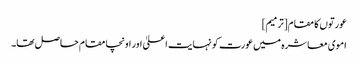
عورتوں کا مقام[ترمیم]
اموی معاشرہ میں عورت کو نہایت اعلیٰ اور اونچا مقام حاصل تھا۔